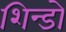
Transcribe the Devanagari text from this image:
शिन्डो